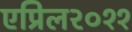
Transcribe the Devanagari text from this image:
एप्रिल२०११